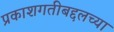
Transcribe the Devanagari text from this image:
प्रकाशगतीबद्दलच्या